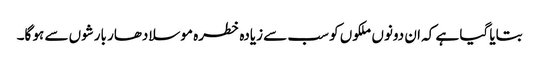
بتایا گیا ہے کہ ان دونوں ملکوں کو سب سے زیادہ خطرہ موسلادھار بارشوں سے ہو گا۔